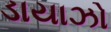
ડાયાઝો